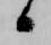
候